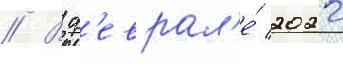
// В ф'еврал'е́ 2022